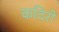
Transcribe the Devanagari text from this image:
कदिरी